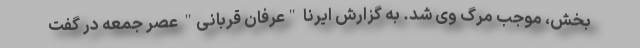
بخش، موجب مرگ وی شد. به گزارش ایرنا "عرفان قربانی" عصر جمعه در گفت